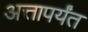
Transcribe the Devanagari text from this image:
अत्तापर्यंत